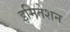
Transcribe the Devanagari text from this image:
इमितेशन